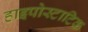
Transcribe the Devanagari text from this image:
हाइपोस्टाटिक